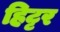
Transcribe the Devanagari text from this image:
हिट्टर